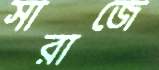
সারাজে